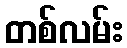
တစ်လမ်း